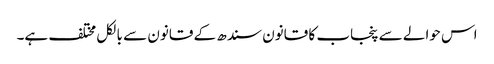
اس حوالے سے پنجاب کا قانون سندھ کے قانون سے بالکل مختلف ہے۔